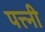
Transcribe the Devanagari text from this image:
पत्त्नी